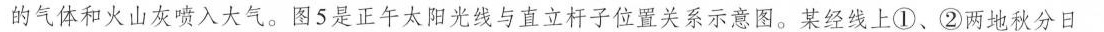
的气体和火山灰喷入大气。图5是正午太阳光线与直立杆子位置关系示意图。某经线上①、②两地秋分日